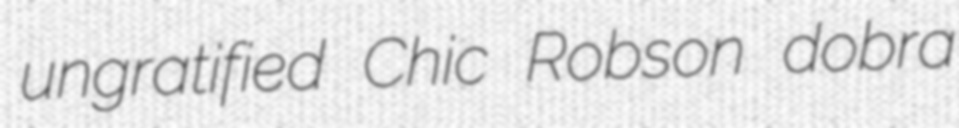
ungratified Chic Robson dobra